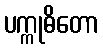
ပက္ကုဓိတော